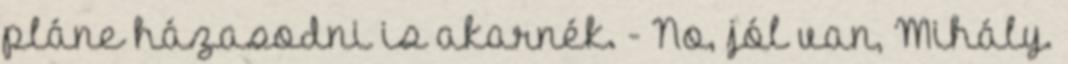
pláne házasodni is akarnék. - No, jól van, Mihály.